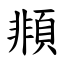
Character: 䫍